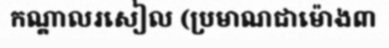
កណ្តាលរសៀល (ប្រមាណជាម៉ោង៣